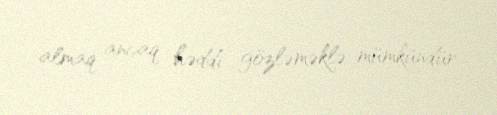
almaq ancaq həddi gözləməklə mümkündür.